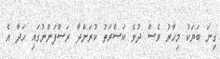
ގިނަ ބަޔަކު މިހާރު ވެސް ދުވެ ކަސްރަތު ކުރަންދާ ރަސްފަންނުގައި ހަދާ އެ